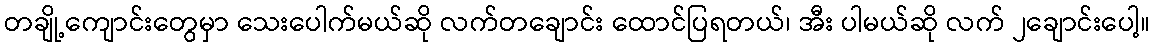
တချို့ကျောင်းတွေမှာ သေးပေါက်မယ်ဆို လက်တချောင်း ထောင်ပြရတယ်၊ အီး ပါမယ်ဆို လက် ၂ချောင်းပေါ့။